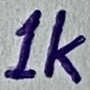
Text: 1K